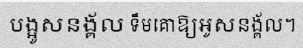
បង្អូសនង្គ័ល ទឹមគោឱ្យអូសនង្គ័ល។